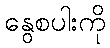
နွေစပါးကို